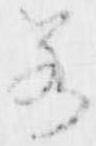
若